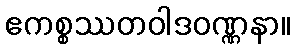
ဧကစ္စဿတဝါဒဝဏ္ဏနာ။